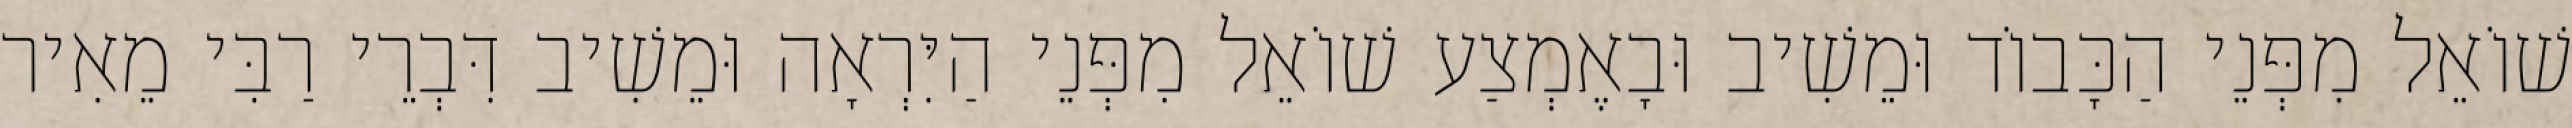
שׁוֹאֵל מִפְּנֵי הַכָּבוֹד וּמֵשִׁיב וּבָאֶמְצַע שׁוֹאֵל מִפְּנֵי הַיִּרְאָה וּמֵשִׁיב דִּבְרֵי רַבִּי מֵאִיר